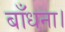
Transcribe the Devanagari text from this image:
बाँधना।